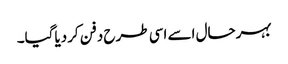
بہرحال اسے اسی طرح دفن کردیاگیا۔